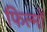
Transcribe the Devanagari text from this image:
फिल्मोंं